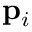
\mathbf { p } _ { i }